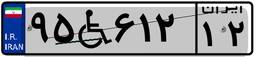
۹۵W۶۱۲۱۲